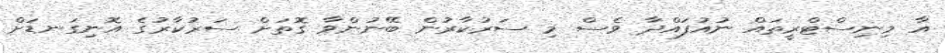
އާ މިނިސްޓްރީތައް ނުއުފައްދާ ވެސް މި ސަރުކާރުން ބޭނުންވާ ގޮތަށް ސަރުކާރުގެ އޮނިގަނޑަށް